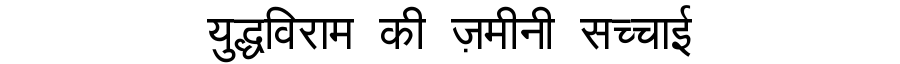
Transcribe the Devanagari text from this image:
युद्धविराम की ज़मीनी सच्चाई